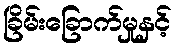
ခြိမ်းခြောက်မှုနှင့်